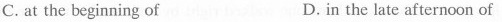
C. at the beginning of D. in the late afternoon of